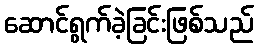
ဆောင်ရွက်ခဲ့ခြင်းဖြစ်သည်